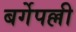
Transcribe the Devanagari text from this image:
बर्गेपल्ली